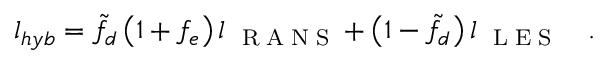
l _ { h y b } = \tilde { f } _ { d } \left( { 1 + f _ { e } } \right) l _ { \mathrm { ~ \tiny ~ R ~ A ~ N ~ S ~ } } + \left( { 1 - \tilde { f } _ { d } } \right) l _ { \mathrm { ~ \tiny ~ L ~ E ~ S ~ } } \quad .